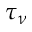
\tau _ { \nu }